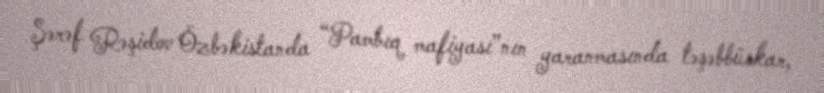
Şərəf Rəşidov Özbəkistanda “Pambıq mafiyası”nın yaranmasında təşəbbüskar,